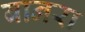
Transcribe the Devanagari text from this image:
बानरा